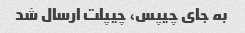
به جای چیپس، چیپلت ارسال شد